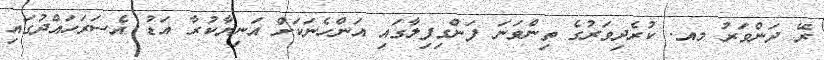
ރޭ ދަންވަރު މއ. ކުރެދިވަރުގެ ތިންވަނަ ފަންގިފިލާގައި އަންހެނަކަށް އަނިޔާކުރާ އަޑު އެސަރަހައްދުގައި